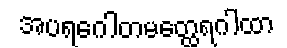
အပရဂေါတမတ္ထေရဂါထာ